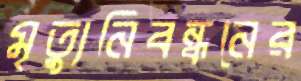
মৃত্যুনিবন্ধনের